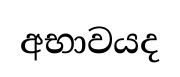
අභාවයද